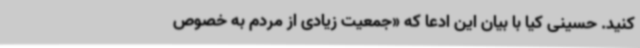
کنید. حسینی کیا با بیان این‌ ادعا که «جمعیت زیادی از مردم به خصوص